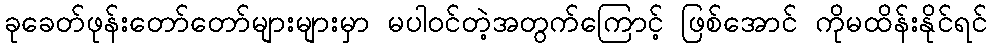
ခုခေတ်ဖုန်းတော်တော်များများမှာ မပါဝင်တဲ့အတွက်ကြောင့် ဖြစ်အောင် ကိုမထိန်းနိုင်ရင်